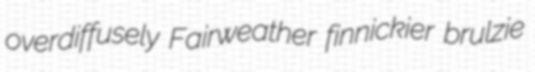
overdiffusely Fairweather finnickier brulzie